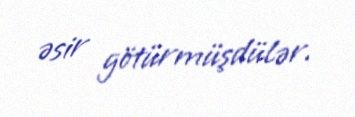
əsir götürmüşdülər.